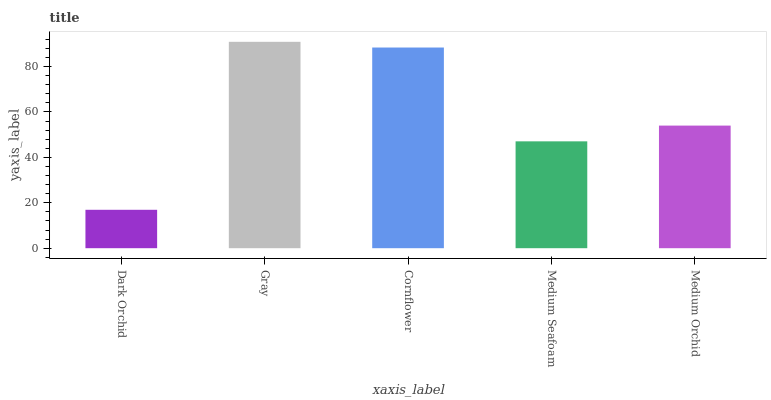
| xaxis_label | bars |
 | --- | --- |
 | Dark Orchid | 16.9 |
 | Gray | 90.9 |
 | Cornflower | 88.3 |
 | Medium Seafoam | 47 |
 | Medium Orchid | 54 |